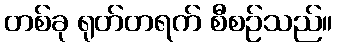
တစ်ခု ရုတ်တရက် စီစဉ်သည်။